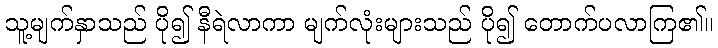
သူ့မျက်နှာသည် ပို၍ နီရဲလာကာ မျက်လုံးများသည် ပို၍ တောက်ပလာကြ၏။